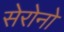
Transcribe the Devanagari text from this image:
सेरोनो